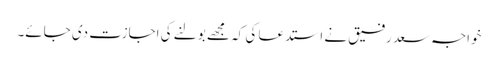
خواجہ سعد رفیق نے استدعا کی کہ مجھے بولنے کی اجازت دی جائے۔